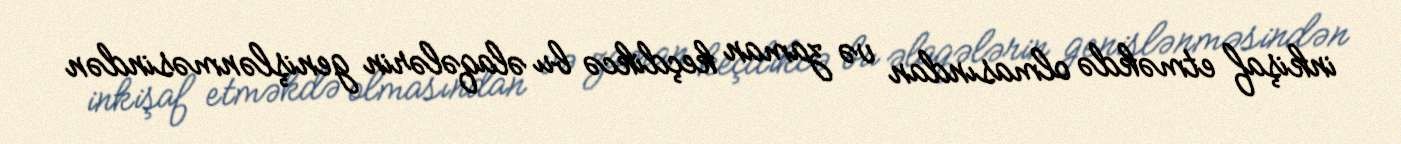
inkişaf etməkdə olmasından və zaman keçdikcə bu əlaqələrin genişlənməsindən